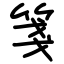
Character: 箋